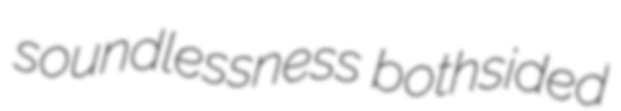
soundlessness bothsided